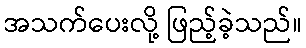
အသက်ပေးလို့ ဖြည့်ခဲ့သည်။